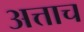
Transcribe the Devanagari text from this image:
अत्ताच